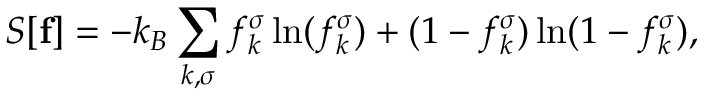
{ \cal S } [ { \bf f } ] = - k _ { B } \sum _ { k , \sigma } f _ { k } ^ { \sigma } \ln ( f _ { k } ^ { \sigma } ) + ( 1 - f _ { k } ^ { \sigma } ) \ln ( 1 - f _ { k } ^ { \sigma } ) ,